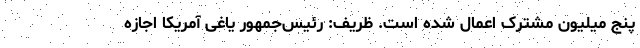
پنج میلیون مشترک اعمال شده است. ظریف: رئیس‌جمهور یاغی آمریکا اجازه